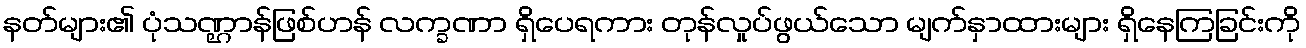
နတ်များ၏ ပုံသဏ္ဌာန်ဖြစ်ဟန် လက္ခဏာ ရှိပေရကား တုန်လှုပ်ဖွယ်သော မျက်နှာထားများ ရှိနေကြခြင်းကို